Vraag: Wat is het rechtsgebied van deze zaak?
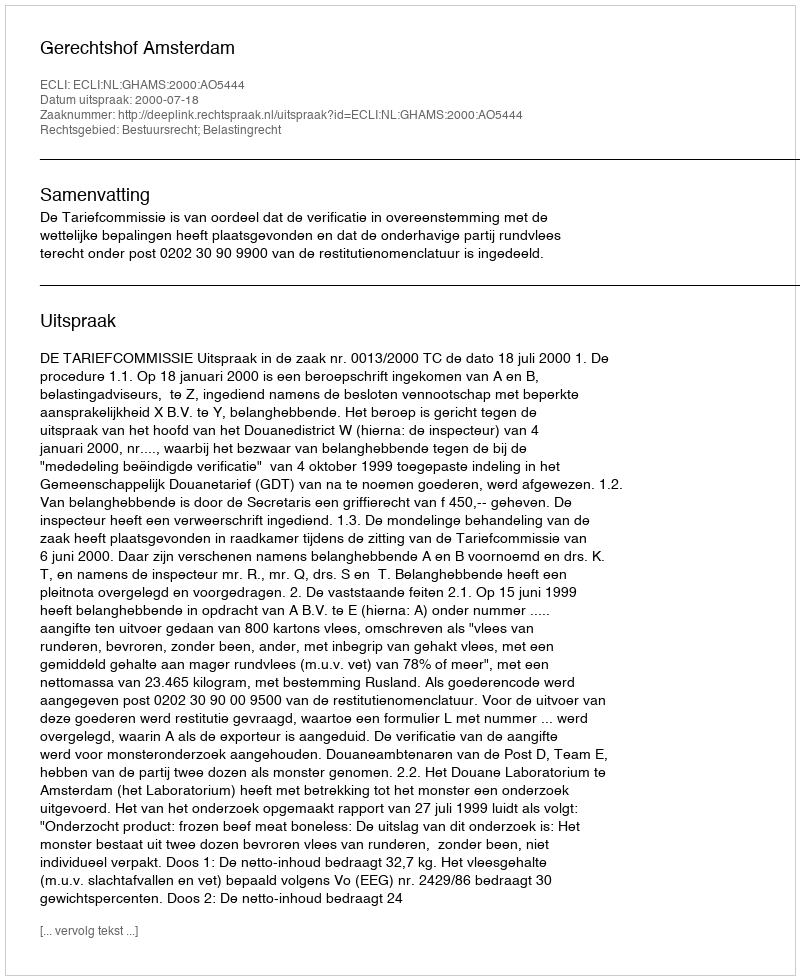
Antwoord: Bestuursrecht; Belastingrecht